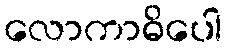
လောကာဓိပေါ